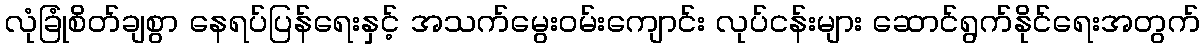
လုံခြုံစိတ်ချစွာ နေရပ်ပြန်ရေးနှင့် အသက်မွေးဝမ်းကျောင်း လုပ်ငန်းများ ဆောင်ရွက်နိုင်ရေးအတွက်